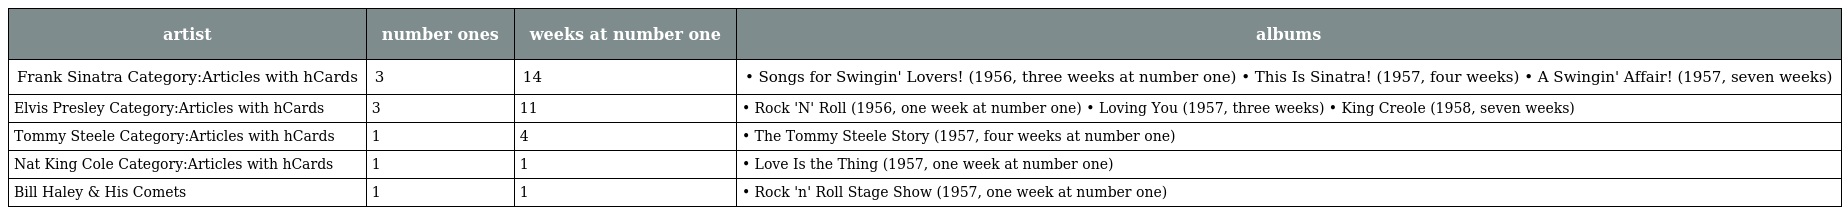
| artist | number ones | weeks at number one | albums |
 | --- | --- | --- | --- |
 | Frank Sinatra Category:Articles with hCards | 3 | 14 | • Songs for Swingin' Lovers! (1956, three weeks at number one) • This Is Sinatra! (1957, four weeks) • A Swingin' Affair! (1957, seven weeks) |
 | Elvis Presley Category:Articles with hCards | 3 | 11 | • Rock 'N' Roll (1956, one week at number one) • Loving You (1957, three weeks) • King Creole (1958, seven weeks) |
 | Tommy Steele Category:Articles with hCards | 1 | 4 | • The Tommy Steele Story (1957, four weeks at number one) |
 | Nat King Cole Category:Articles with hCards | 1 | 1 | • Love Is the Thing (1957, one week at number one) |
 | Bill Haley & His Comets | 1 | 1 | • Rock 'n' Roll Stage Show (1957, one week at number one) |